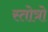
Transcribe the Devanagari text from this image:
स्तोत्रो